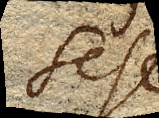
sese.